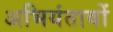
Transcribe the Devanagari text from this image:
अभियंतावों